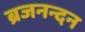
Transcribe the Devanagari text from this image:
ब्रजनन्दन